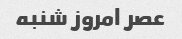
عصر امروز شنبه